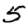
Digit: 5